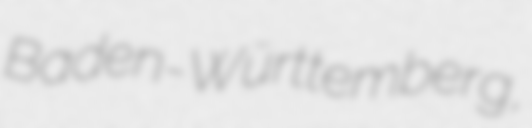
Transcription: Baden-Württemberg,